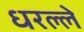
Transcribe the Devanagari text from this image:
धरल्ले